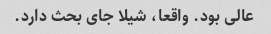
عالی بود. واقعا، شیلا جای بحث دارد.